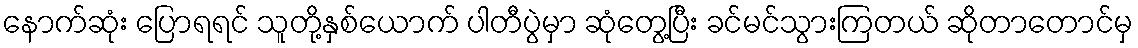
နောက်ဆုံး ပြောရရင် သူတို့နှစ်ယောက် ပါတီပွဲမှာ ဆုံတွေ့ပြီး ခင်မင်သွားကြတယ် ဆိုတာတောင်မှ